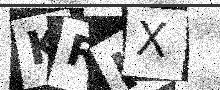
Text: KRHX